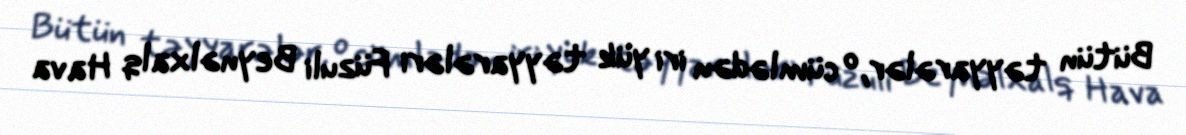
Bütün təyyarələr, o cümlədən iri yük təyyarələri Füzuli Beynəlxalq Hava